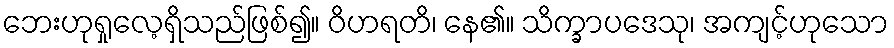
ဘေးဟုရှုလေ့ရှိသည်ဖြစ်၍။ ဝိဟရတိ၊ နေ၏။ သိက္ခာပဒေသု၊ အကျင့်ဟုသော